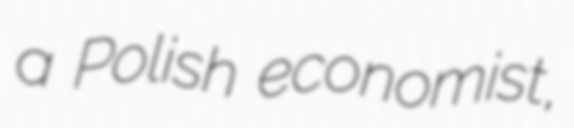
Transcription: a Polish economist,